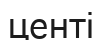
центі